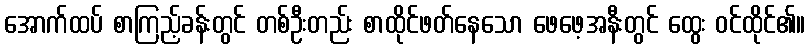
အောက်ထပ် စာကြည့်ခန်းတွင် တစ်ဦးတည်း စာထိုင်ဖတ်နေသော ဖေဖေ့အနီးတွင် ထွေး ဝင်ထိုင်၏။